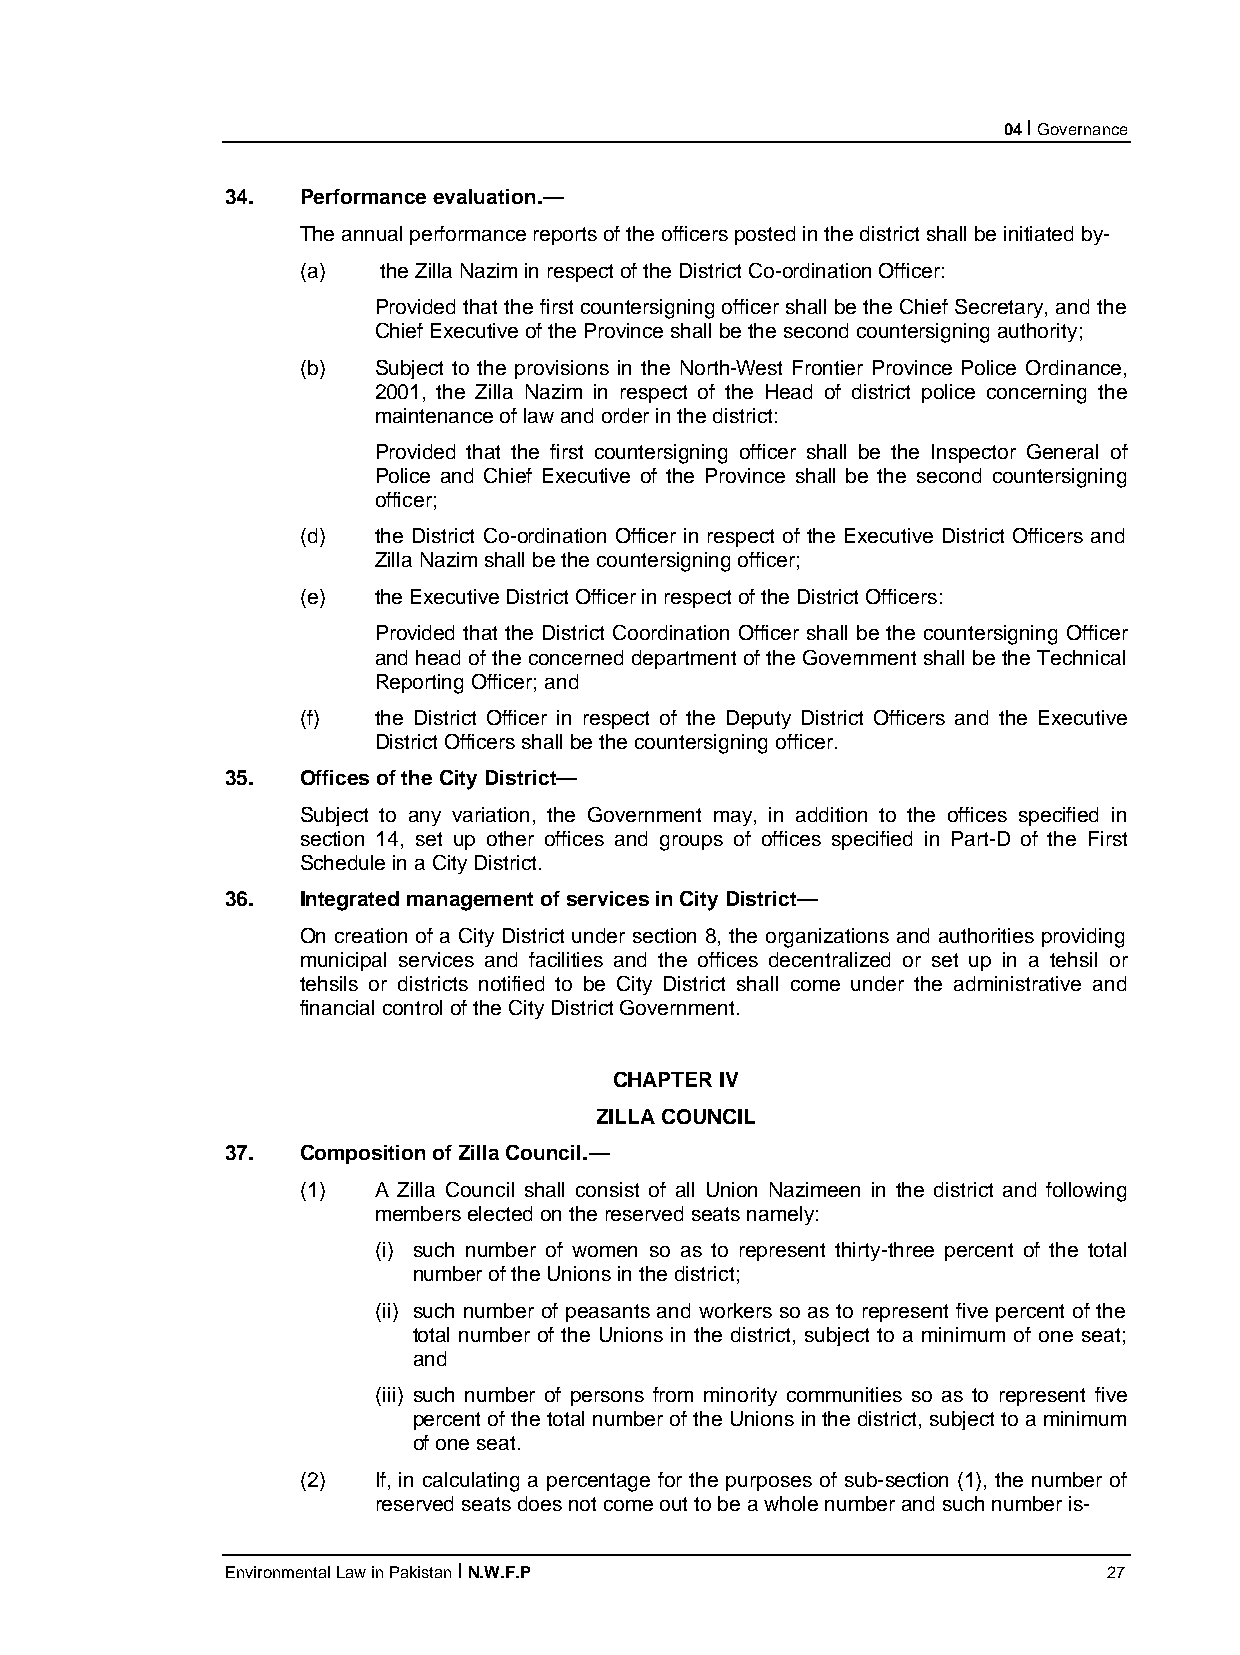
04 I Governance
 34.  Performance evaluation.—
 The annual performance reports of the officers posted in the district shall be initiated by-
 (a)  the Zilla Nazim in respect of the District Co-ordination Officer:
 Provided that the first countersigning officer shall be the Chief Secretary, and the
 Chief Executive of the Province shall be the second countersigning authority;
 (b)  Subject to the provisions in the North-West Frontier Province Police Ordinance,
 2001, the Zilla Nazim in respect of the Head of district police concerning the
 maintenance of law and order in the district:
 Provided that the first countersigning officer shall be the Inspector General of
 Police and Chief Executive of the Province shall be the second countersigning
 officer;
 (d)  the District Co-ordination Officer in respect of the Executive District Officers and
 Zilla Nazim shall be the countersigning officer;
 (e)  the Executive District Officer in respect of the District Officers:
 Provided that the District Coordination Officer shall be the countersigning Officer
 and head of the concerned department of the Government shall be the Technical
 Reporting Officer; and
 (f)  the District Officer in respect of the Deputy District Officers and the Executive
 District Officers shall be the countersigning officer.
 35.  Offices of the City District—
 Subject to any variation, the Government may, in addition to the offices specified in
 section 14, set up other offices and groups of offices specified in Part-D of the First
 Schedule in a City District.
 36.  Integrated management of services in City District—
 On creation of a City District under section 8, the organizations and authorities providing
 municipal services and facilities and the offices decentralized or set up in a tehsil or
 tehsils or districts notified to be City District shall come under the administrative and
 financial control of the City District Government.
 CHAPTER IV
 ZILLA COUNCIL
 37.  Composition of Zilla Council.—
 (1)  A Zilla Council shall consist of all Union Nazimeen in the district and following
 members elected on the reserved seats namely:
 (i) such number of women so as to represent thirty-three percent of the total
 number of the Unions in the district;
 (ii) such number of peasants and workers so as to represent five percent of the
 total number of the Unions in the district, subject to a minimum of one seat;
 and
 (iii) such number of persons from minority communities so as to represent five
 percent of the total number of the Unions in the district, subject to a minimum
 of one seat.
 (2)  If, in calculating a percentage for the purposes of sub-section (1), the number of
 reserved seats does not come out to be a whole number and such number is-
 Environmental Law in Pakistan I N.W.F.P                   27